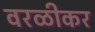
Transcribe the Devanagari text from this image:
वरळीकर